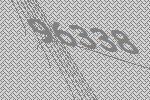
96338